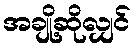
အချို့ဆိုလျှင်